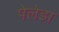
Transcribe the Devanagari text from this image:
पेलेडा